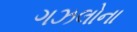
ગઝલોના